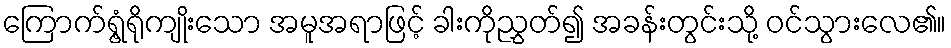
ကြောက်ရွံ့ရိုကျိုးသော အမူအရာဖြင့် ခါးကိုညွှတ်၍ အခန်းတွင်းသို့ ဝင်သွားလေ၏။